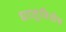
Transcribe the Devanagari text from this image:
धातूविशेष